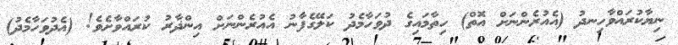
ނިޔާކުރައްވާހިނދު (އެއުރެންނަށް އޮތް) ހިތާމައިގެ ދުވަހާމެދު ކަލޭގެފާނު އެއުރެންނަށް އިންޛާރު ކުރައްވާށެވެ! (އެދުވަހާމެދު)